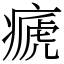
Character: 㾷